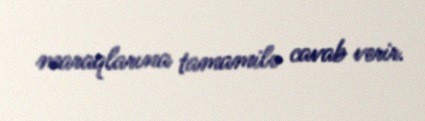
maraqlarına tamamilə cavab verir.